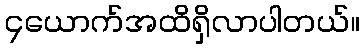
၄ယောက်အထိရှိလာပါတယ်။